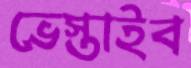
ভেস্তাইব